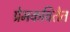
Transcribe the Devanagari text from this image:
प्रेमकवितेत